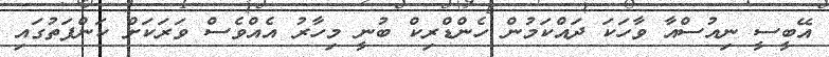
އޭބީސީ ނިއުސްއާ ވާހަކަ ދައްކަމުން ހެންޑްރިކް ބުނީ މިހާރު އެއްވެސް ވަރަކަށް ކަންފަތުގައި